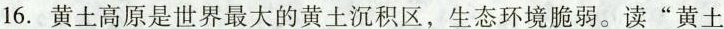
16.黄土高原是世界最大的黄土沉积区，生态环境脆弱。读”黄土